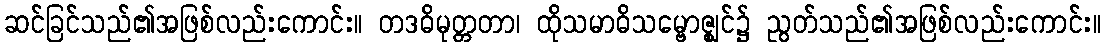
ဆင်ခြင်သည်၏အဖြစ်လည်းကောင်း။ တဒဓိမုတ္တတာ၊ ထိုသမာဓိသမ္ဗောဇ္ဈင်၌ ညွတ်သည်၏အဖြစ်လည်းကောင်း။